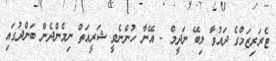
ޓެރަރިޒަމްގެ ދައުވާ ލިބޭ ނަދީމް - އޭނާ ހުންނެވީ ޝަރީއަތް ނިމެންދެން ބަންދުގައި